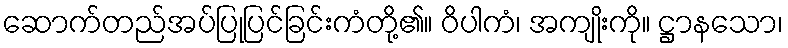
ဆောက်တည်အပ်ပြုပြင်ခြင်းကံတို့၏။ ဝိပါကံ၊ အကျိုးကို။ ဋ္ဌာနသော၊